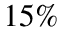
1 5 \%